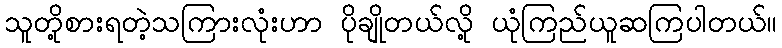
သူတို့စားရတဲ့သကြားလုံးဟာ ပိုချိုတယ်လို့ ယုံကြည်ယူဆကြပါတယ်။